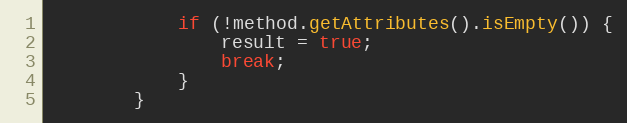
Language: Java
			if (!method.getAttributes().isEmpty()) {
				result = true;
				break;
			}
		}